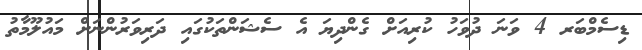
ޑިސެމްބަރ 4 ވަނަ ދުވަހު ކުރިއަށް ގެންދިޔަ އެ ސެޝަންތަކުގައި ދަރިވަރުންނަށް މައުލޫމާތު